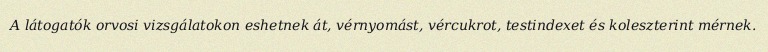
A látogatók orvosi vizsgálatokon eshetnek át, vérnyomást, vércukrot, testindexet és koleszterint mérnek.